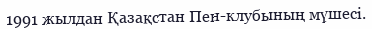
1991 жылдан Қазақстан Пен-клубының мүшесі.